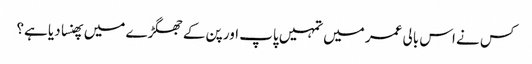
کس نے اس بالی عمر میں تمہیں پاپ اور پن کے جھگڑے میں پھنسا دیا ہے؟